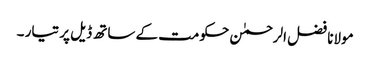
مولانا فضل الرحمٰن حکومت کے ساتھ ڈیل پر تیار ۔